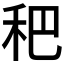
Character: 𥝧